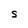
Character: S